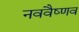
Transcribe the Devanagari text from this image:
नववैष्णव